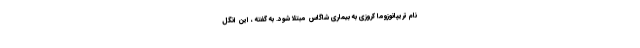
نام تریپانوزوما کروزی به بیماری شاگاس مبتلا شود. به گفته ، این انگل